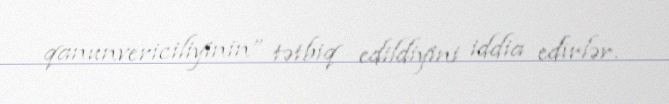
qanunvericiliyinin” tətbiq edildiyini iddia edirlər.